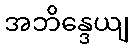
အဘိန္ဒေယျ